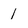
Character: 1